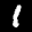
Label: 1